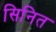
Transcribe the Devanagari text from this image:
सिनित